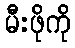
မီးဖိုကို